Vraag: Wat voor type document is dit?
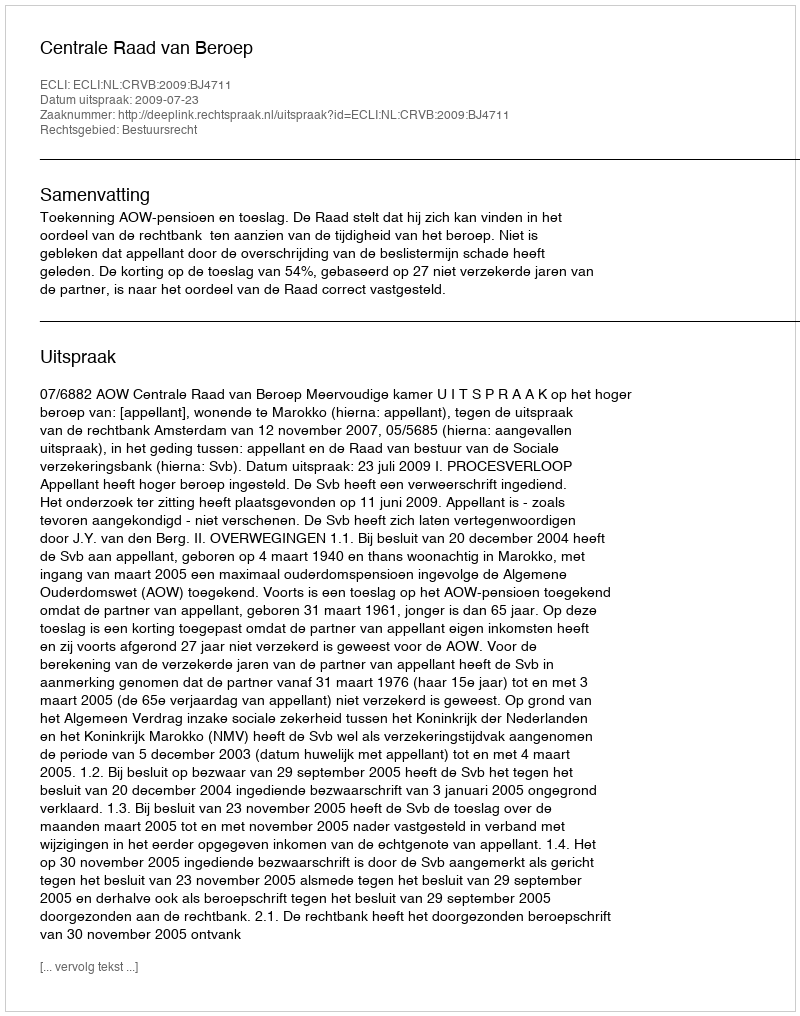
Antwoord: Uitspraak